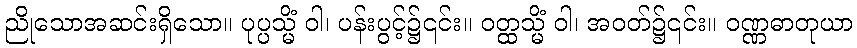
ညိုသောအဆင်းရှိသော။ ပုပ္ပသ္မိံ ဝါ၊ ပန်းပွင့်၌၎င်း။ ဝတ္ထသ္မိံ ဝါ၊ အဝတ်၌၎င်း။ ဝဏ္ဏဓာတုယာ